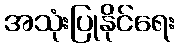
အသုံးပြုနိုင်ရေး